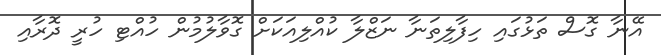
އޭނާ ގޮސް ތަޅުގައި ހިފާލިތަނާ ނަޒްލާ ކުއްލިއަކަށް ގޮވާލުމުން ހުއްޓި ހުރީ ދޮރާއި